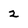
Character: 2